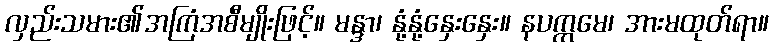
လှည်းသမား၏အကြံအစီမျိုးဖြင့်။ မန္ဒာ၊ နုံ့နုံ့နှေးနှေး။ နပက္ကမေ၊ အားမထုတ်ရာ။